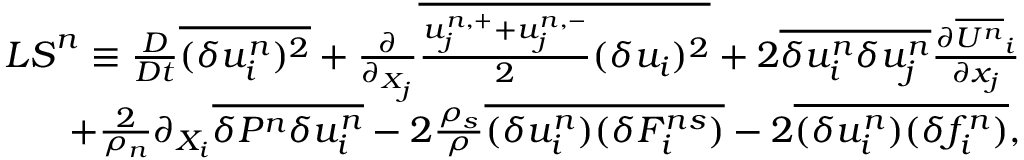
\begin{array} { r } { { \cal L S } ^ { n } \equiv \frac { D } { D t } \overline { { ( \delta u _ { i } ^ { n } ) ^ { 2 } } } + \frac { \partial } { \partial _ { X _ { j } } } \overline { { \frac { u _ { j } ^ { n , + } + u _ { j } ^ { n , - } } { 2 } ( \delta u _ { i } ) ^ { 2 } } } + 2 \overline { { \delta u _ { i } ^ { n } \delta u _ { j } ^ { n } } } \frac { \partial \overline { { U ^ { n } } } _ { i } } { \partial x _ { j } } } \\ { + \frac { 2 } { \rho _ { n } } \partial _ { X _ { i } } \overline { { \delta P ^ { n } \delta u _ { i } ^ { n } } } - 2 \frac { \rho _ { s } } { \rho } \overline { { ( \delta u _ { i } ^ { n } ) ( \delta F _ { i } ^ { n s } ) } } - 2 \overline { { ( \delta u _ { i } ^ { n } ) ( \delta f _ { i } ^ { n } ) } } , } \end{array}